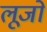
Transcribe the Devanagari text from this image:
लूजो